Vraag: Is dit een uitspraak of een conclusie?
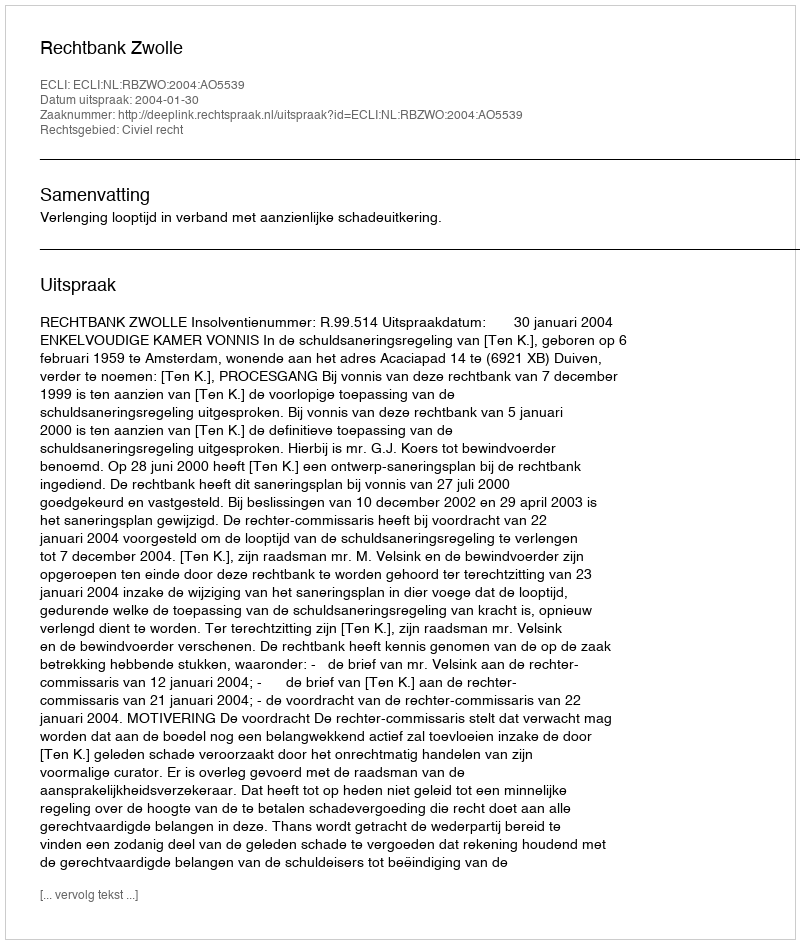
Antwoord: Uitspraak